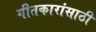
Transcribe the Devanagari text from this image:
गीतकारांसाठी